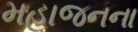
મહાજનના